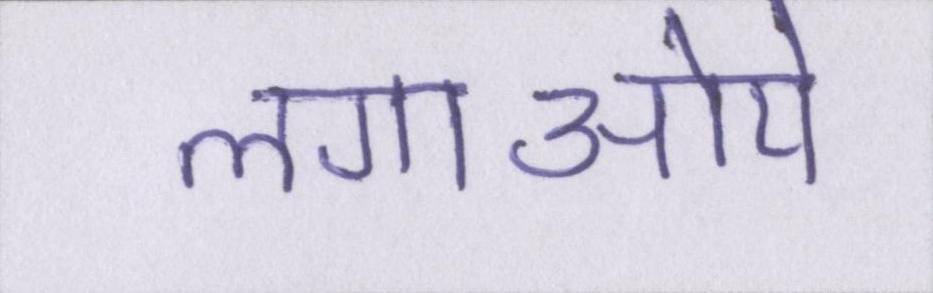
लगाऒये